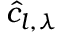
\hat { c } _ { l , \lambda }